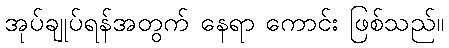
အုပ်ချုပ်ရန်အတွက် နေရာ ကောင်း ဖြစ်သည်။